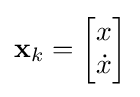
\mathbf {x} _{k}={\begin{bmatrix}x\\{\dot {x}}\end{bmatrix}}